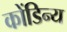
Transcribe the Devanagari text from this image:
कोंडिन्य